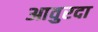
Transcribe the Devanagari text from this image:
आवुरदा